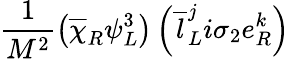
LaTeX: \frac{1}{M^{2}}\left(\overline{{{\chi}}}_{R}\psi_{L}^{3}\right)\left(\overline{{{l}}}_{L}^{j}i\sigma_{2}e_{R}^{k}\right)